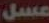
عسل